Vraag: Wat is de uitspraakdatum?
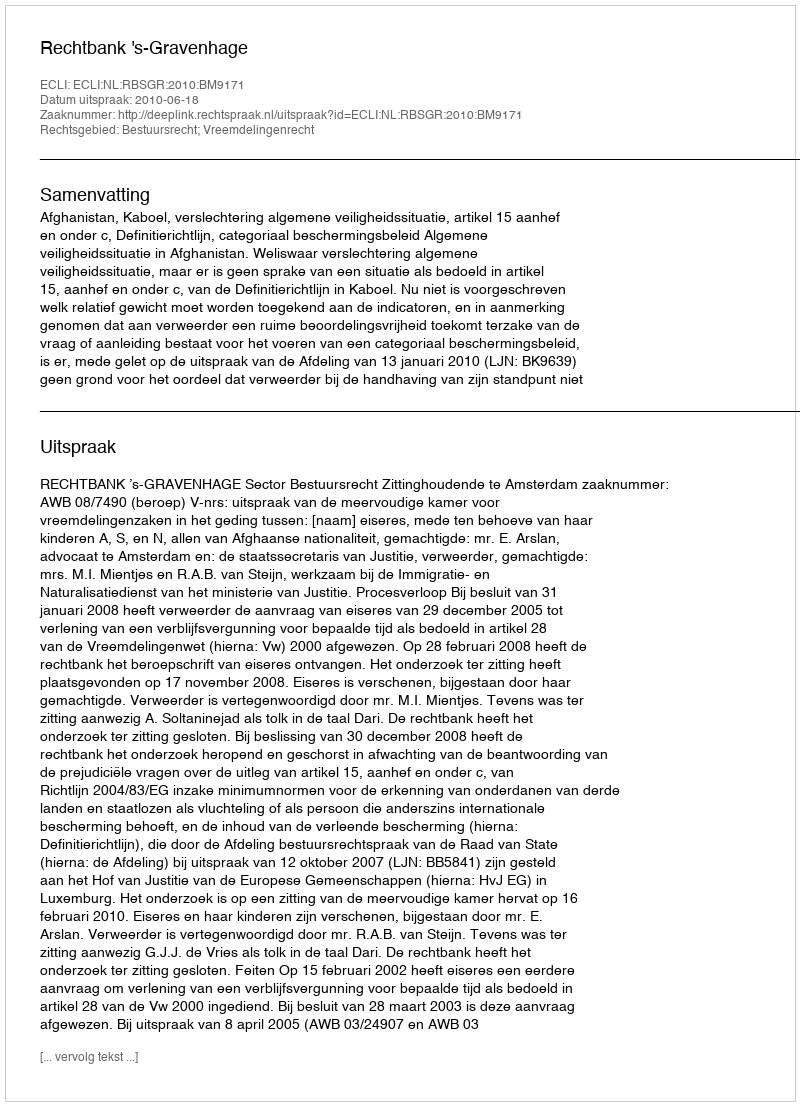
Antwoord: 2010-06-18